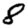
Digit: 8